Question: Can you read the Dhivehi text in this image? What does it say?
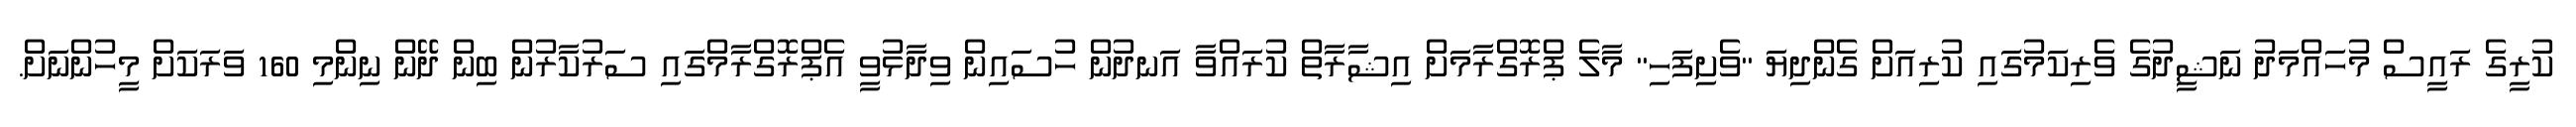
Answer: ކުރީގެ ރައީސް މުހައްމަދު ނަޝީދުގެ ވެރިކަމުގައި ކުރިއަށް ގެންދިޔަ "ވެށިފަހި" މާލެ ޕްރޮގްރާމަށް އިޝާރާތް ކުރައްވާ އަނދުން ހުސައިން ވިދާޅުވީ އެޕްރޮގްރާމްގައި ސަރުކާރުން ބިން ދޭން ނިންމި 160 ވަރަކަށް މީހުންނަށް.